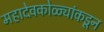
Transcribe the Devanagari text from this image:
महादेवकोळ्यांकडून